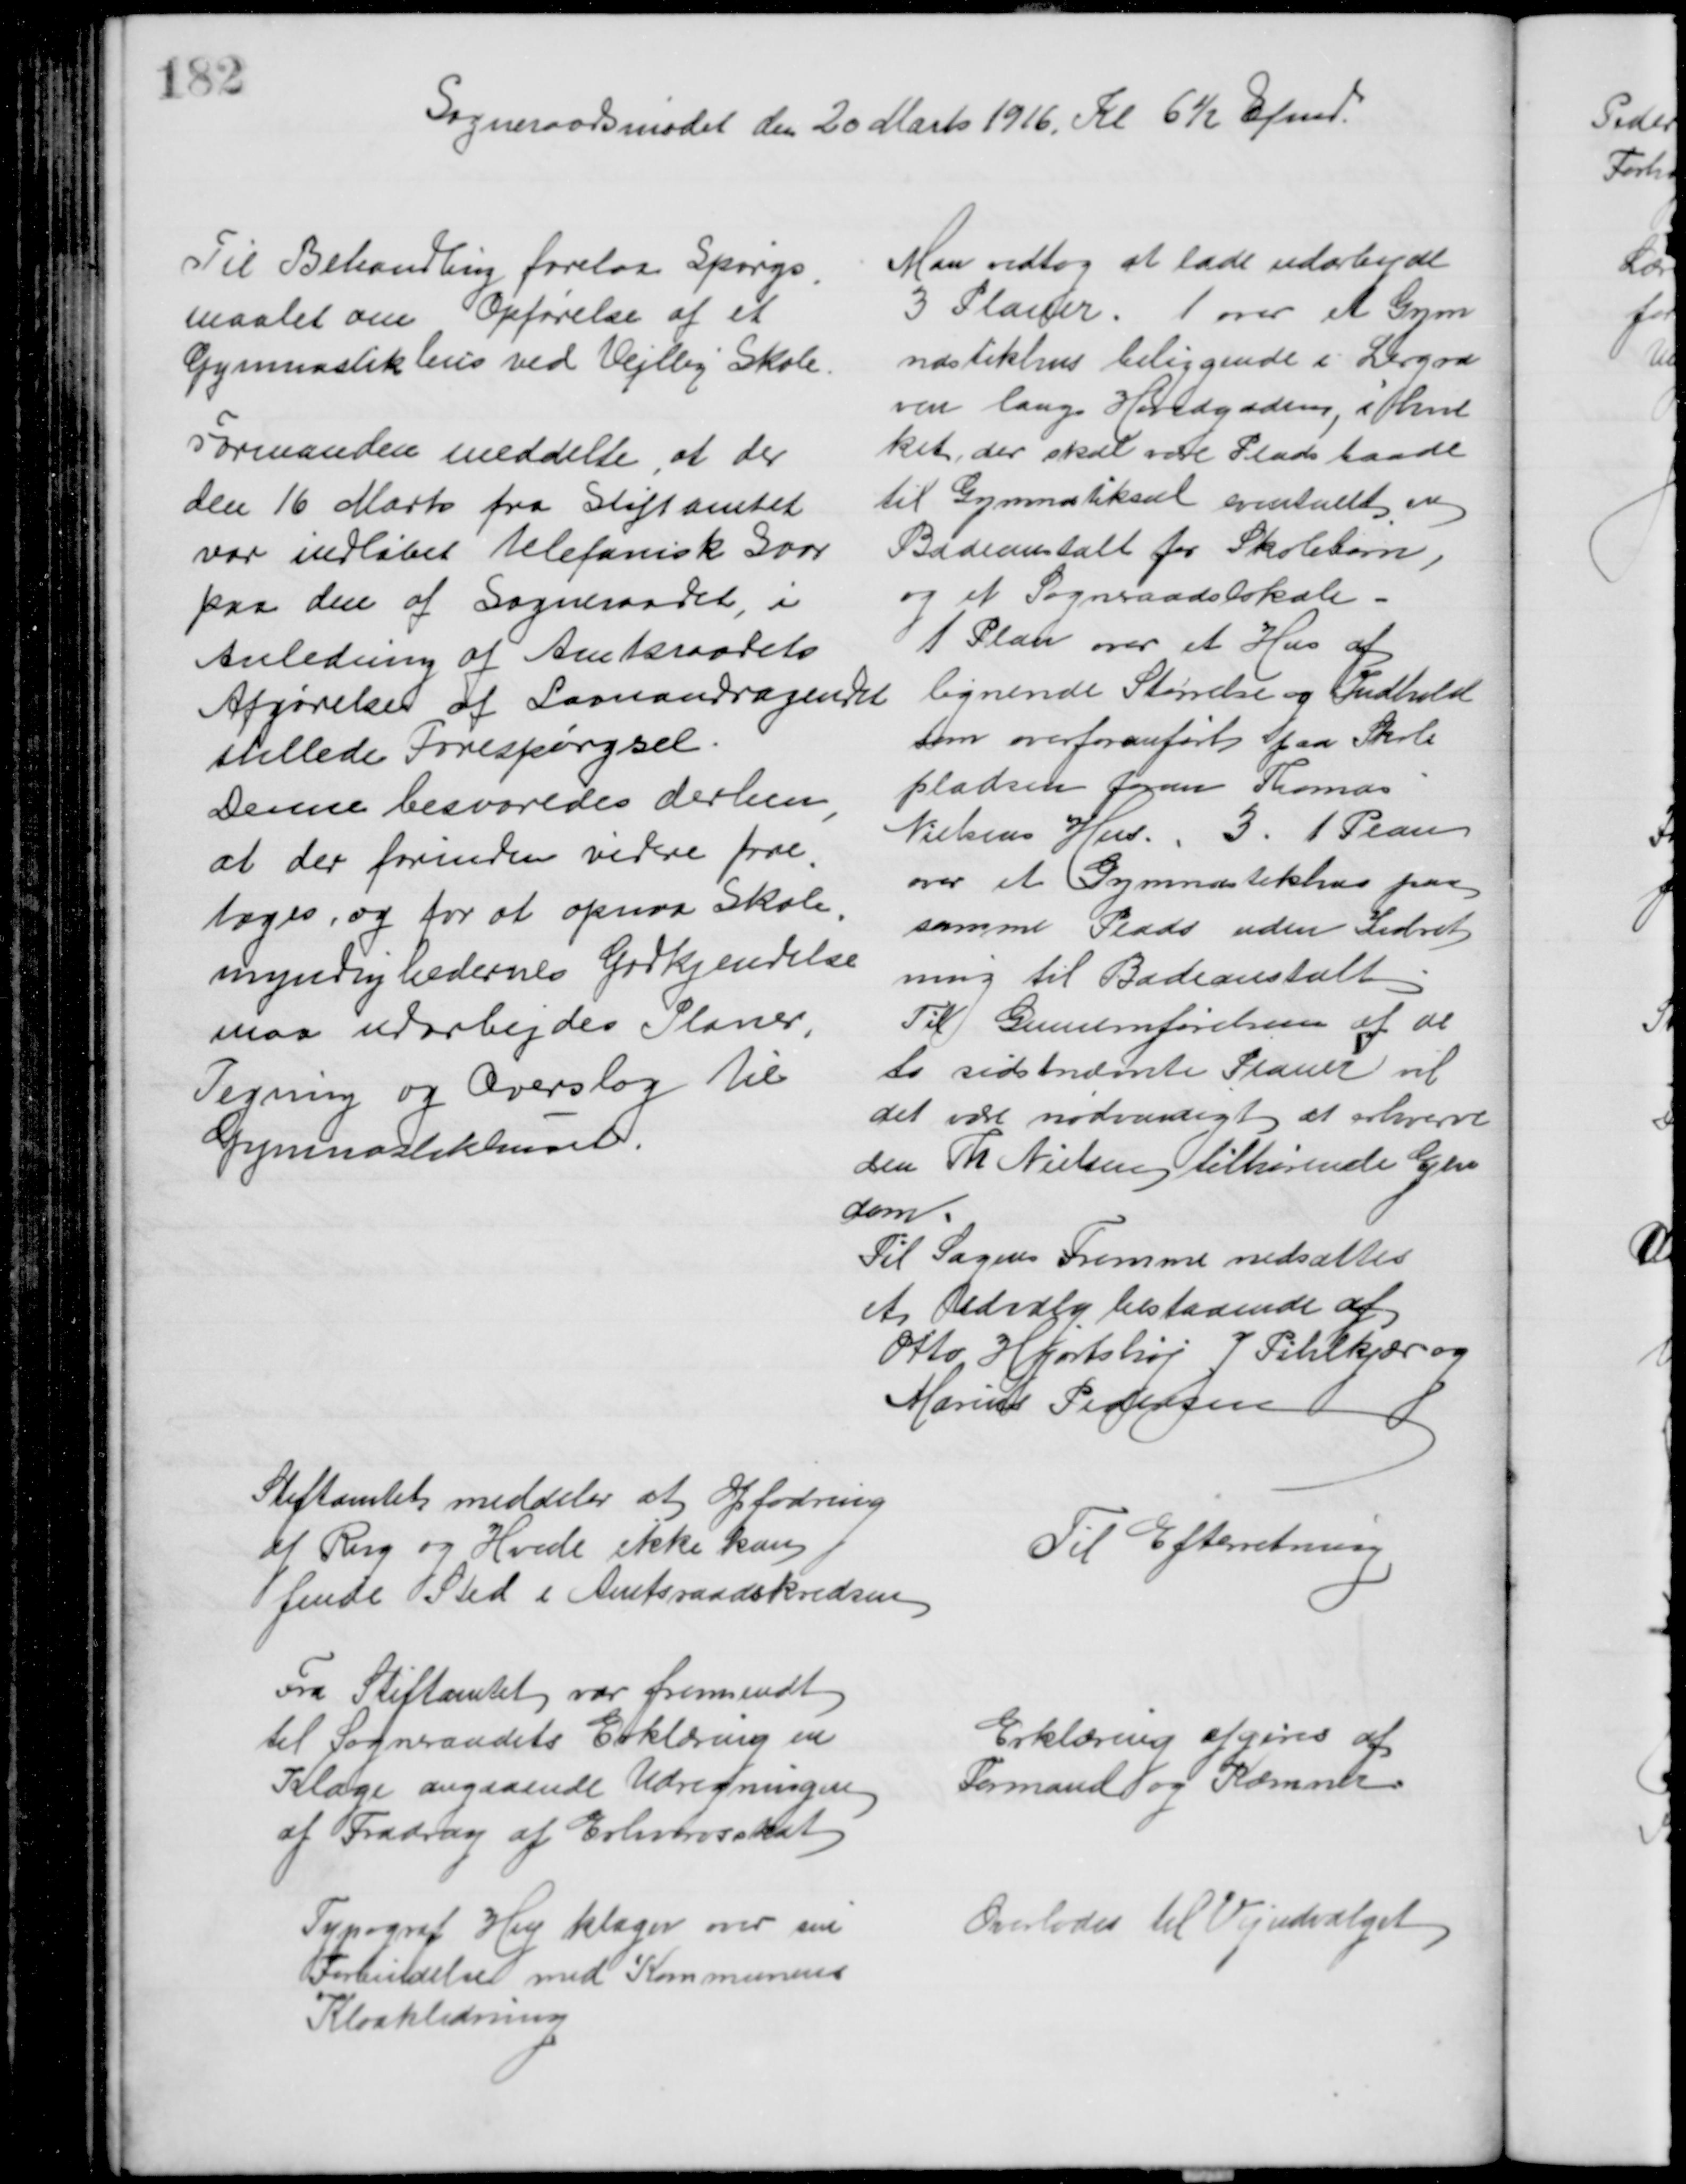
Transskription:
Sogneraadsmødet den 20 Marts 1916. Kl 6½ Efmd.
Til Behandling forelaa Spørgs
=
maalet om Opførelse af et
Gymnastikhus ved Vejlby Skole.
Formanden meddelte, at der
den 16 Marts fra Stiftamtet
var indløbet telefonisk Svar
paa den af Sogneraadet, i
Anledning af Amtsraadets
Afgørelse af Laanandragendet
stillede Forespørgsel
Denne besvaredes derhen
,
at der forinden videre fore
=
tages, og for at opnaa Skole
=
myndighedernes Godkjendelse
maa udarbejdes Planer,
Tegning og Overslag til
Gymnastikhuset.
Man vedtog at lade udarbejde
3 Planer. 1 over et Gym
nastikhus beliggende i Lergra
ven langs Hovedgaden, i hvil
ket, der skal være Plads baade
til Gymnastiksal eventuelt en
Badeanstalt for Skolebørn,
og et Sogneraadslokale
1 Plan over et Hus af
lignende Størrelse og Indhold
som overforanført paa Skole
pladsen foran Thomas
Nielsens Hus. 3. 1 Plan
over et Gymnastikhus paa
samme Plads uden Indret
ning til Badeanstalt
Til Gennemførelsen af de
to sidstnævnte Planer vil 
det være nødvendigt at erhverve 
den Th Nielsen tilhørende Ejen
dom
Til Sagens Fremme nedsættes
et Udvalg bestaaende af
Otto Hjortshøj J. Pihlkjær og
Marius Pedersen
Stiftamtets meddeler at Opfodning
af Rug og Hvede ikke kan
finde Sted i Amtsraadskredsen
Til Efterretning
Fra Stiftamtet var fremsendt
til Sogneraadets Erklæring en
Klage angaaende Udregningen
af Fradrag af Erhvervsskat
Erklæring afgives af
Formand og Kæmner.
Typograf Hey klager over sin
Forbindelse med Kommunens
Kloakledning
Overlodes til Vejudvalget